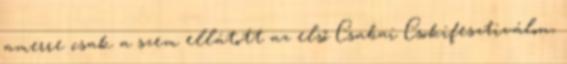
amerre csak a szem ellátott az első Csabai Csokifesztiválon,